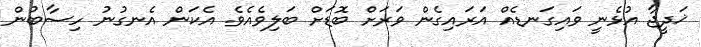
ޚަދީޖާ އުޅެނީ ވައިގަނޑެއް އަރައިގެން ވަރަށް ބޮޑަށް ބަލިވެއެވެ. އެކަން އެނގުނު ހިސާބުން